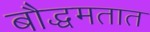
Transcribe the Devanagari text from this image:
बौद्धमतात